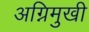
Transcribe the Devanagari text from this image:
अग्निमुखी